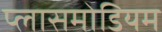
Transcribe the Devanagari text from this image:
प्लासमोडियम